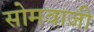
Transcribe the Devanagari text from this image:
सोमवाजी